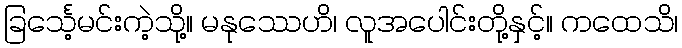
ခြင်္သေ့မင်းကဲ့သို့။ မနုဿေဟိ၊ လူအပေါင်းတို့နှင့်။ ကထေသိ၊